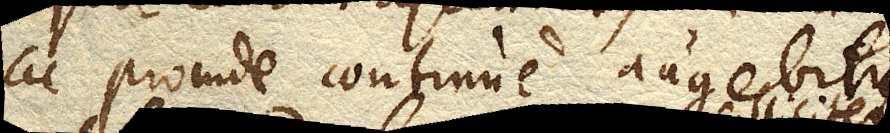
ac proinde continue augebitur